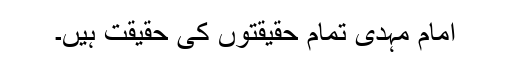
امام مہدی تمام حقیقتوں کی حقیقت ہیں۔